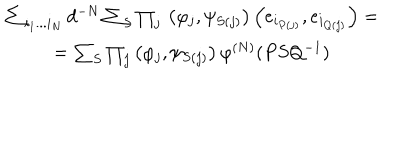
\begin{array} { c } { { \sum _ { i _ { 1 } . . . i _ { N } } d ^ { - N } \sum _ { S } \prod _ { j } { } \left( \varphi _ { j } , \psi _ { S ( j ) } \right) \left( e _ { i _ { P ( j ) } } , e _ { i _ { Q ( j ) } } \right) = } } \\ { { = \sum _ { S } \prod _ { j } \left( \varphi _ { j } , \psi _ { S ( j ) } \right) \varphi ^ { \left( N \right) } ( P S Q ^ { - 1 } ) } } \\ \end{array}